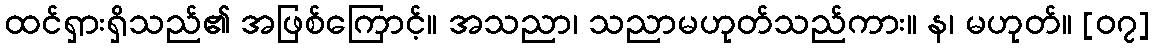
ထင်ရှားရှိသည်၏ အဖြစ်ကြောင့်။ အသညာ၊ သညာမဟုတ်သည်ကား။ န၊ မဟုတ်။ [၀၇]